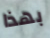
بهذا